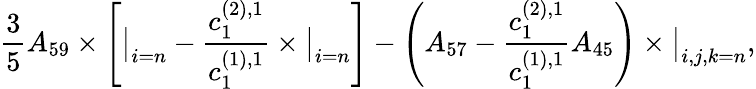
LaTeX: \frac{3}{5}A_{59}\times\left[\big\vert_{i=n}-\frac{c_{1}^{(2),1}}{c_{1}^{(1),1}}\times\big\vert_{i=n}\right]-\left(A_{57}-\frac{c_{1}^{(2),1}}{c_{1}^{(1),1}}A_{45}\right)\times\big\vert_{i,j,k=n},